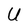
Character: U